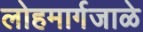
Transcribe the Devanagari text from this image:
लोहमार्गजाळे